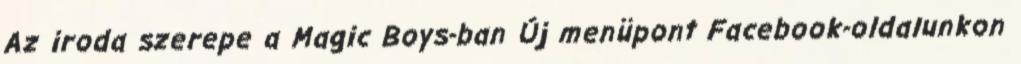
Az iroda szerepe a Magic Boys-ban Új menüpont Facebook-oldalunkon